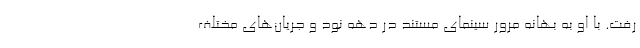
رفت. با او به بهانه مرور سینمای مستند در دهه نود و جریان‌های مختلف